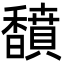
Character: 馩